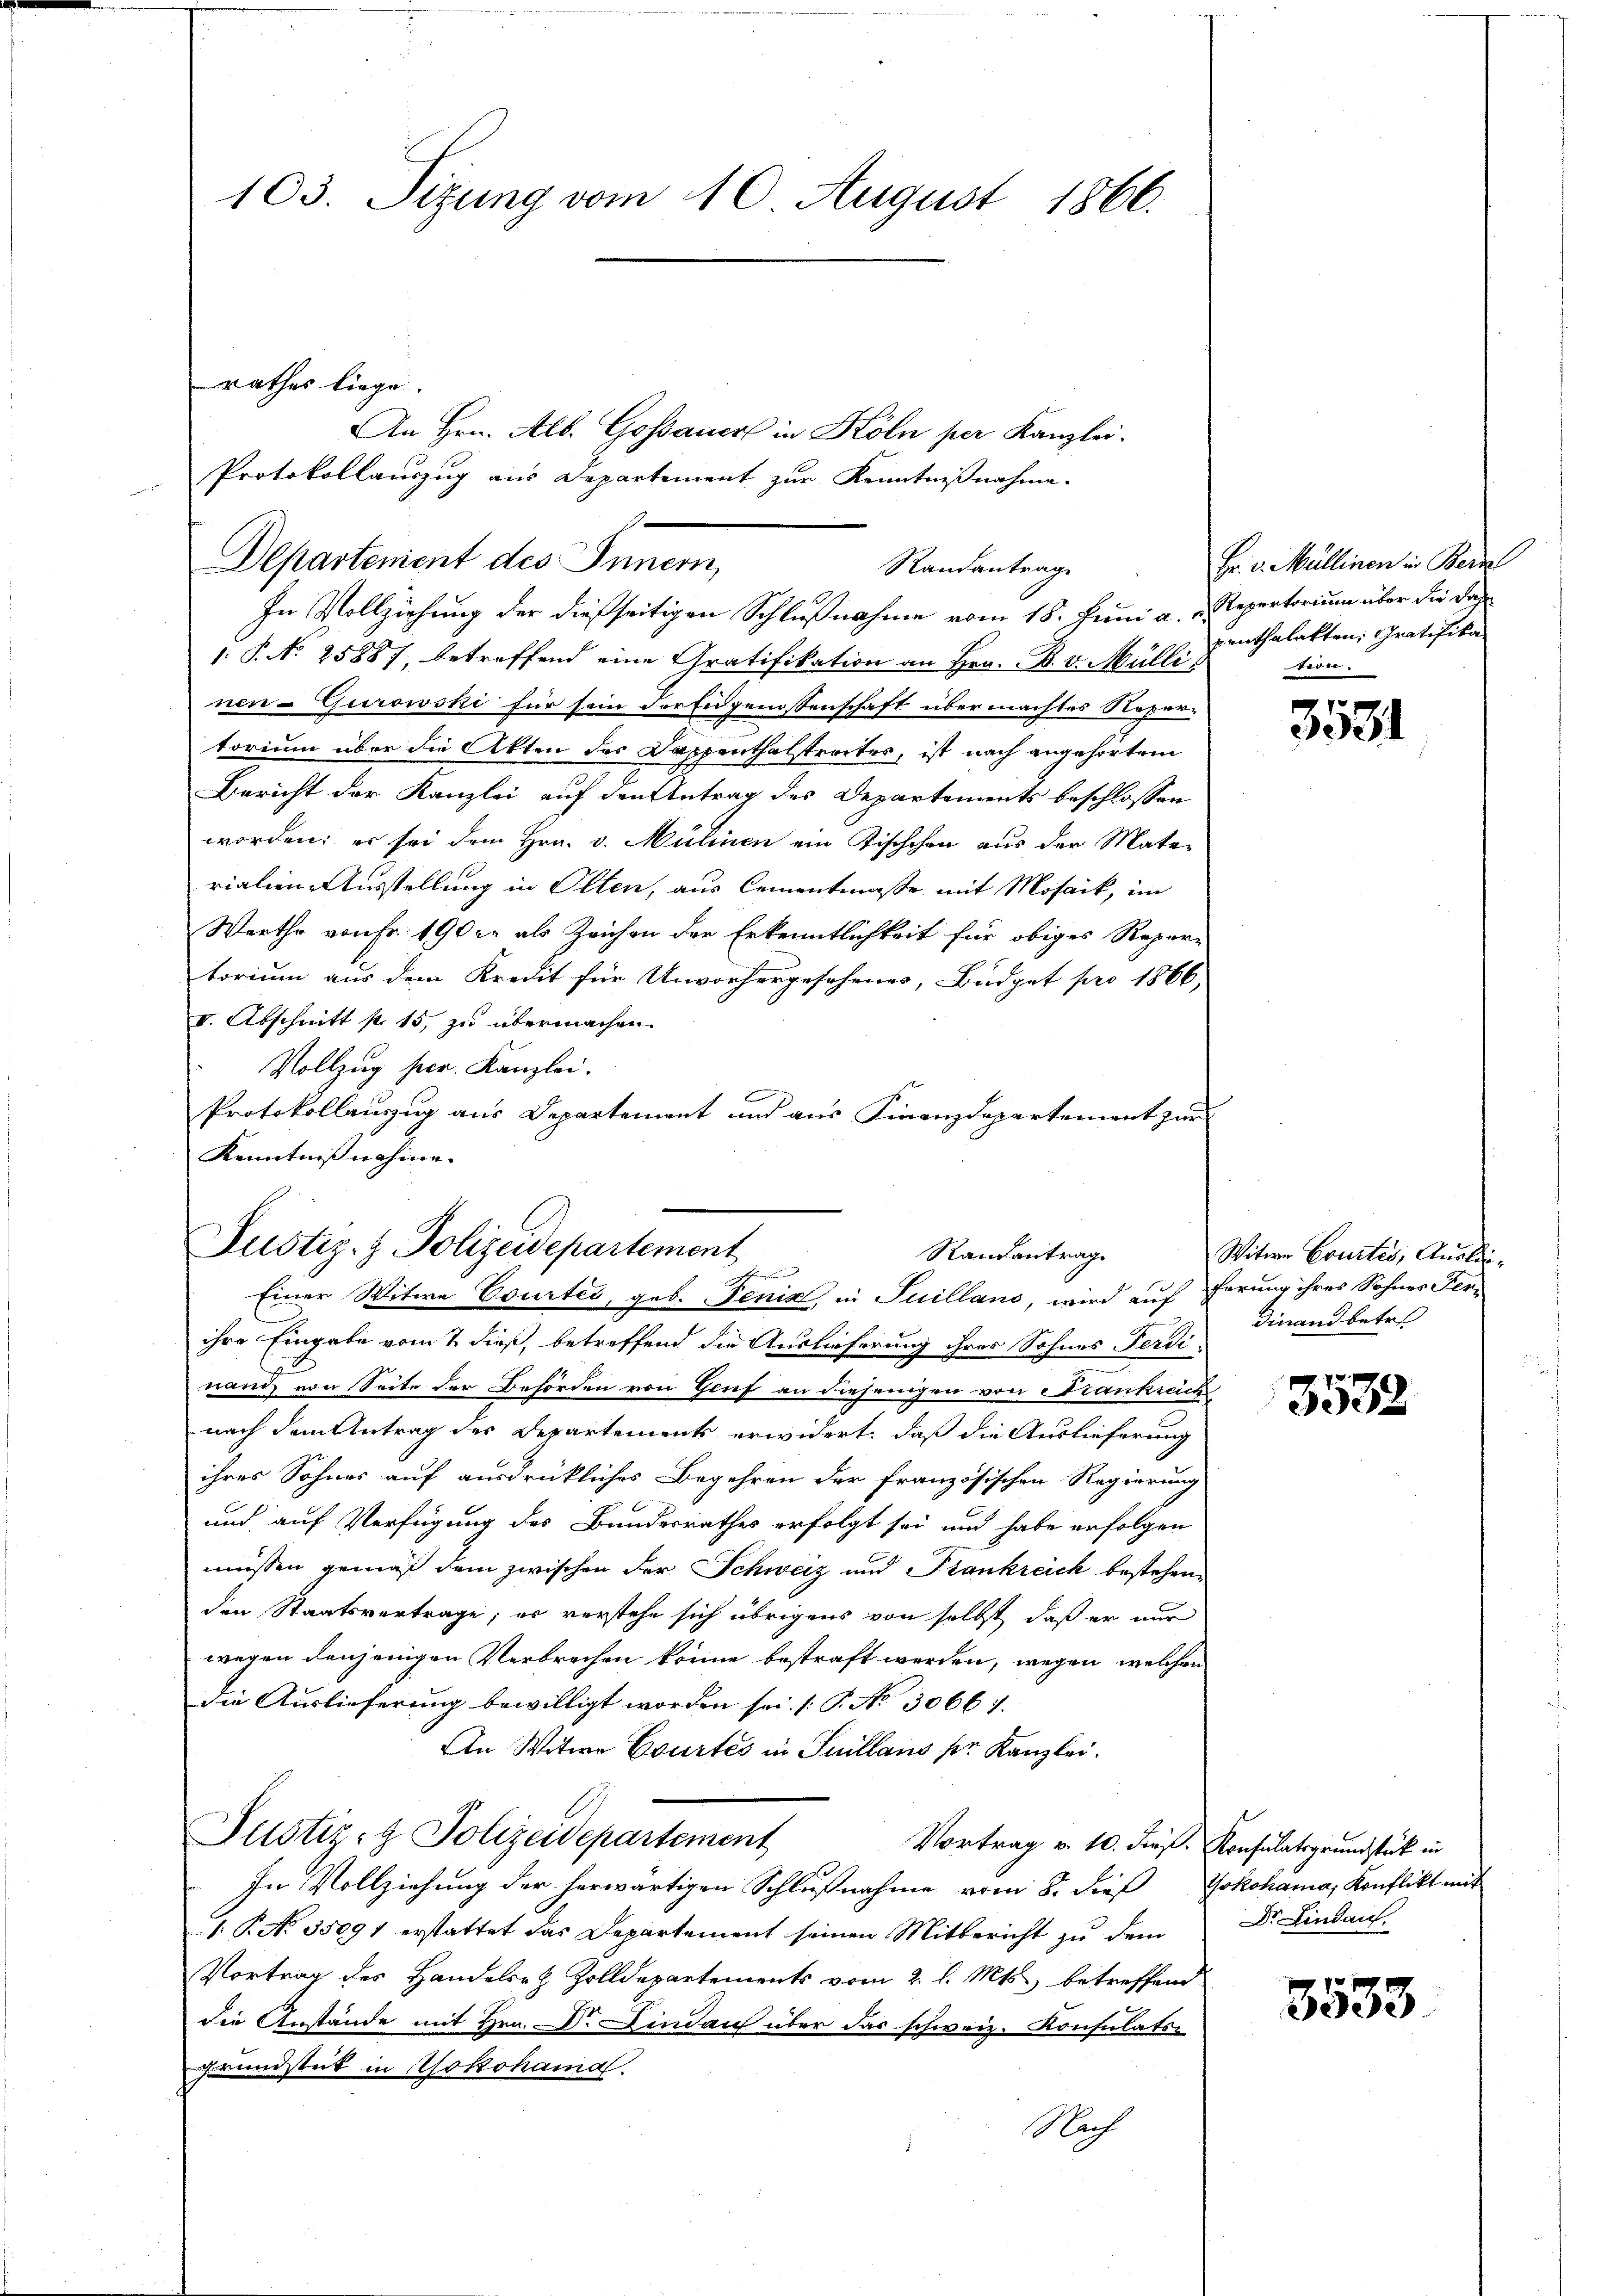
103. Sitzung vom 10. August 1866.

In Vollziehung der dießseitigen Schlußnahme vom 18. Juni a. D. Repertorium über die dah
1. P. N. 25887, betreffend eine Gratifikation an Hrn. B. v. Müllis
nen-Gurowski für sein der Eidgenossenschaft übermachtes Nepertorium über die Akten des Dappenthalstreites, ist nach angehörtem
Bericht der Kanzlei auf den Antrag des Departements beschlossen
worden; er sei dem Hrn. v. Mülinen ein Tischchen aus der Materialien-Ausstellung in Olten, aus Cementmasse mit Mosaik, im
Werthe von Fr. 190 u. als Zeichen der Erkenntlichkeit für obiges Repere
torium aus dem Kredit für Unvorhergesehenes, Budget pro 1866,
I. Abschnitt p. 15, zu übermachen.
Vollzug her. Kanzlei.
c
Protokollauszug aus Departement und aus Finanzdepartement zur
Kenntnißnahme

rathes liege.

Departement des Innern,

Randantrag

Justiz- & Polizeidepartement
Randantrag
sangen
Einer Witwe Courtes, geb. Fenik, in Juilland, wird auf Perung ihres Sohnes Fer¬

An Hrn. Alb. Goßauer in Köln per Kanzlei.
Protokollauszug aus Departement zur Kenntnißnahme.

ihre Eingabe vom 2. dieß, betreffend die Auslieferung ihres Sohnes Ferdinand von Seite der Behörden von Genf an diejenigen von Frankreich
nach dem Antrag des Departements erwidert, daß die Auslieferung
ihres Sohnes auf ausdrückliches Begehren der französischen Regierung
und auf Verfügung des Bundesrathes erfolgt sei und habe erfolgen
müssen gemäß dem zwischen der Schweiz und Krankreich bestehen,
den Staatsvertrage; er verstehe sich übrigens von selbst, daß er nur
wegen denjenigen Verbrechen könne bestraft werden, wegen welchen
die Auslieferung bewilligt worden sei. (T. No. 30661.
An Witwe Courtes in Suillans pr. Kanzlei.
Justiz- & Polizeidepartement
Vortrag v. 10. dieß. Konsulatsgrundstück in
In Vollziehung der herwärtigen Schlußnahme vom 8. dieß Yokohama, Konflikt mit
1. P. No. 35091 erstattet das Departement seinen Mitbericht zŭ dem
Vortrag des Handelsatz Zolldepartements vom 2. l. Mts., betreffend
die Anstände mit Hrn. Dr. Lindau über das schweiz. Konsulats-
grundstück in Yokohama.
Nach

Fr. v. Müllinen in Bernel
penthalakten, Gratifika
tern.

3531

Witwe Brustes, Ausliedinand betr.

3532

Dr. Lindauf

3533